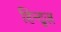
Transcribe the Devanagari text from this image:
हिन्दूज़